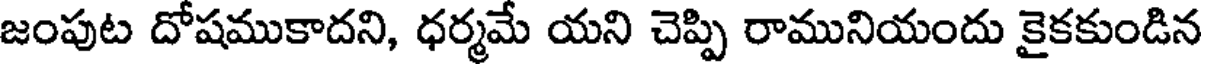
జంపుట దోషముకాదని, ధర్మమే యని చెప్పి రామునియందు కైకకుండిన